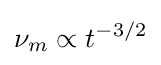
\nu _{m}\propto t^{-3/2}